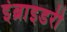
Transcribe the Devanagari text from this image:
इंब्राइडरी